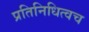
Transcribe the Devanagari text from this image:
प्रतिनिधित्वच